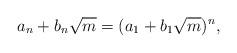
LaTeX: \begin{align*} a_n + b_n \sqrt{m}=(a_1+ b_1\sqrt{m})^n,\end{align*}